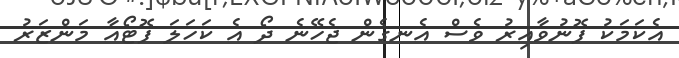
އެކަމަކު ފޮނުވާއިރު ވެސް އެނގެން ޖެހޭނެ ދޯ އެ ކަހަލަ ފޮޓޯއާ މަންޒަރު